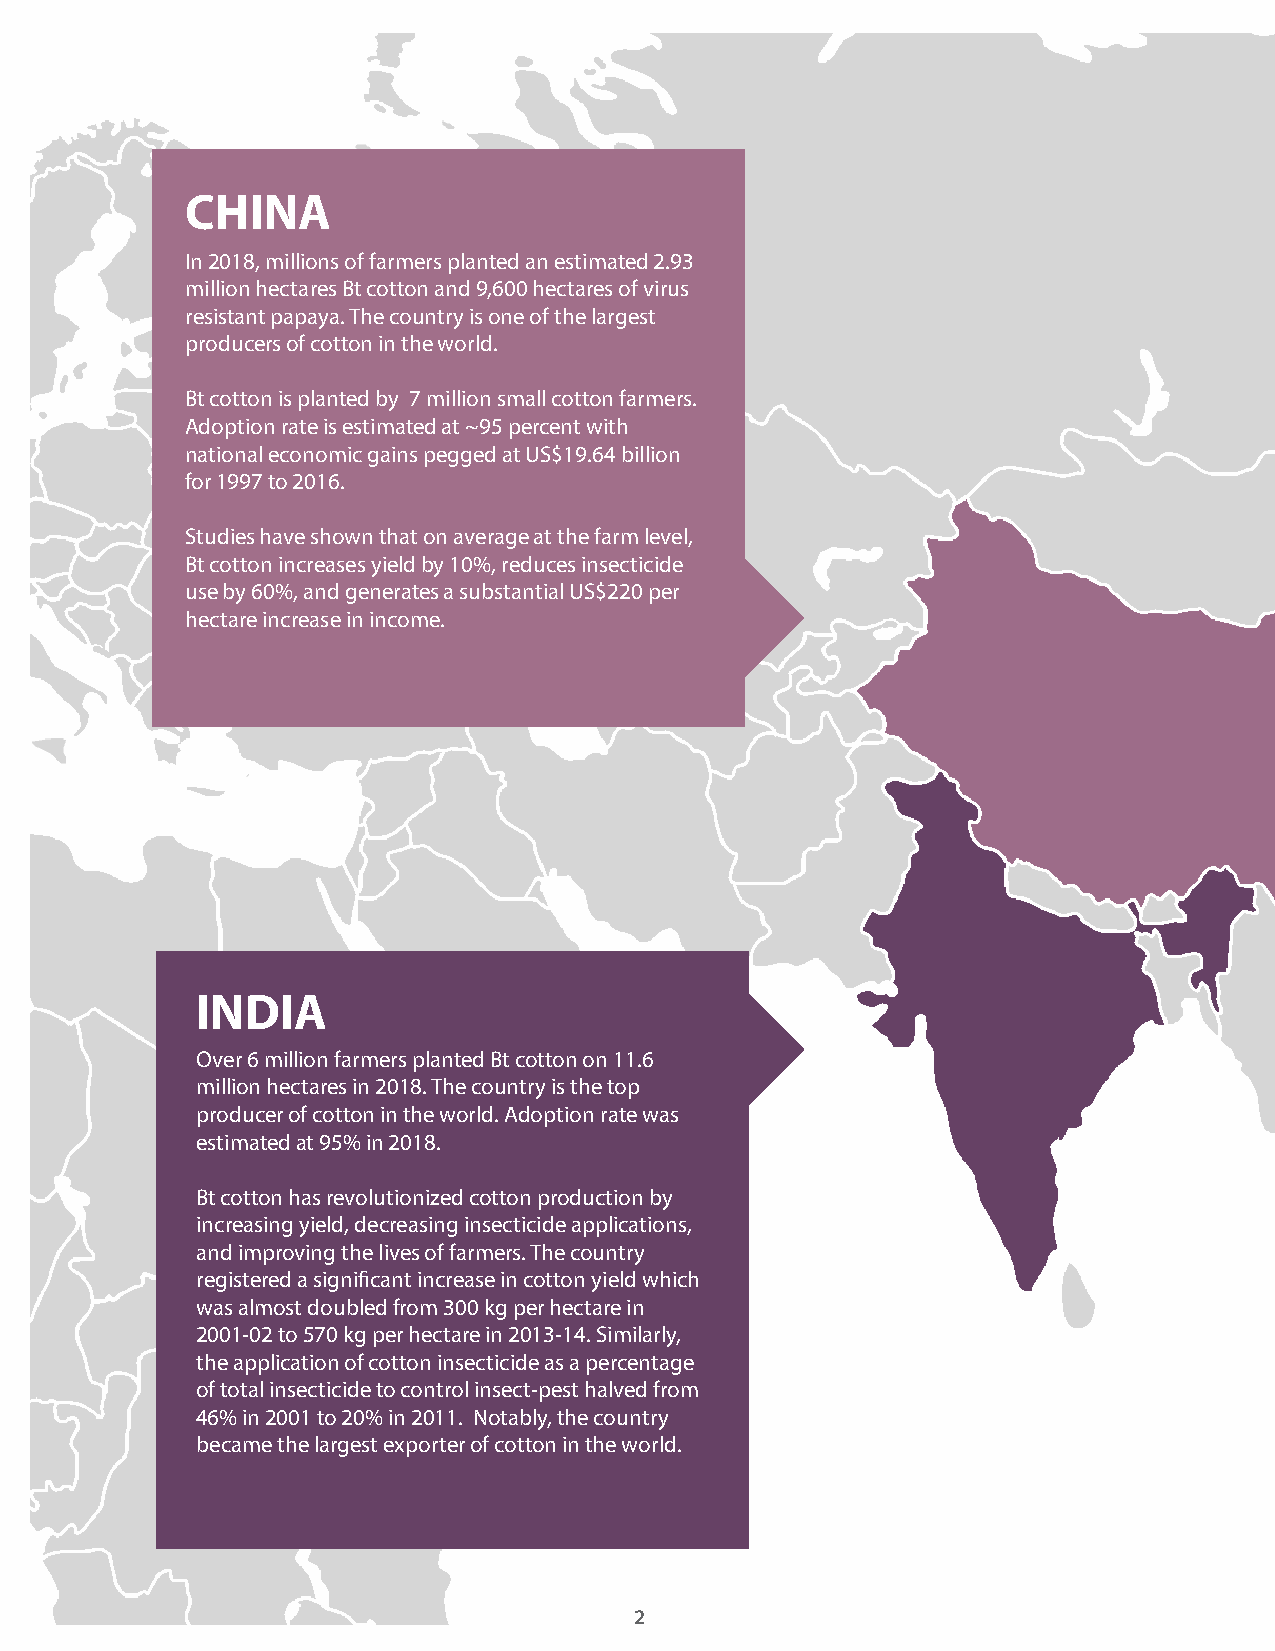
CHINA
 In 2018, millions of farmers planted an estimated 2.93
 million hectares Bt cotton and 9,600 hectares of virus
 resistant papaya. The country is one of the largest
 producers of cotton in the world.
 Bt cotton is planted by 7 million small cotton farmers.
 Adoption rate is estimated at ~95 percent with
 national economic gains pegged at US$19.64 billion
 for 1997 to 2016.
 Studies have shown that on average at the farm level,
 Bt cotton increases yield by 10%, reduces insecticide
 use by 60%, and generates a substantial US$220 per
 hectare increase in income.
 INDIA
 Over 6 million farmers planted Bt cotton on 11.6
 million hectares in 2018. The country is the top
 producer of cotton in the world. Adoption rate was
 estimated at 95% in 2018.
 Bt cotton has revolutionized cotton production by
 increasing yield, decreasing insecticide applications,
 and improving the lives of farmers. The country
 registered a significant increase in cotton yield which
 was almost doubled from 300 kg per hectare in
 2001-02 to 570 kg per hectare in 2013-14. Similarly,
 the application of cotton insecticide as a percentage
 of total insecticide to control insect-pest halved from
 46% in 2001 to 20% in 2011. Notably, the country
 became the largest exporter of cotton in the world.
 2